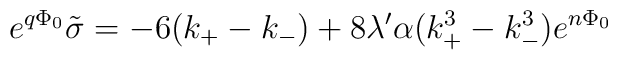
e^{q\Phi_0}\tilde{\sigma}=-6(k_+-k_-)+8\lambda'\alpha (k_+^3-k_-^3) e^{n\Phi_0}